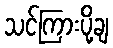
သင်ကြားပို့ချ